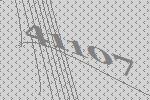
41107